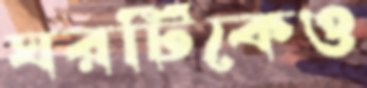
ঘরটিকেও